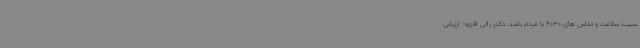
سیب، سلامت و تماس های 4030 با مردم باشد. دکتر زالی افزود: ارزیابی